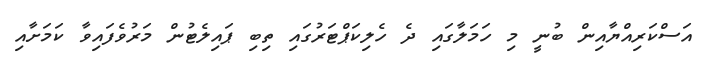
އަސްކަރިއްޔާއިން ބުނީ މި ހަމަލާގައި ދެ ހެލިކަޕްޓަރުގައި ތިބި ޕައިލެޓުން މަރުވެފައިވާ ކަމަށާއި